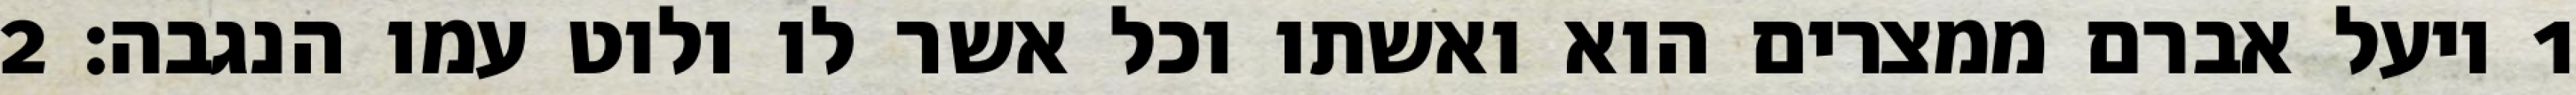
1 ויעל אברם ממצרים הוא ואשתו וכל אשר לו ולוט עמו הנגבה׃ ‎2‏